Eesti_Peakonsulaat_New_Yorgis, lk 50
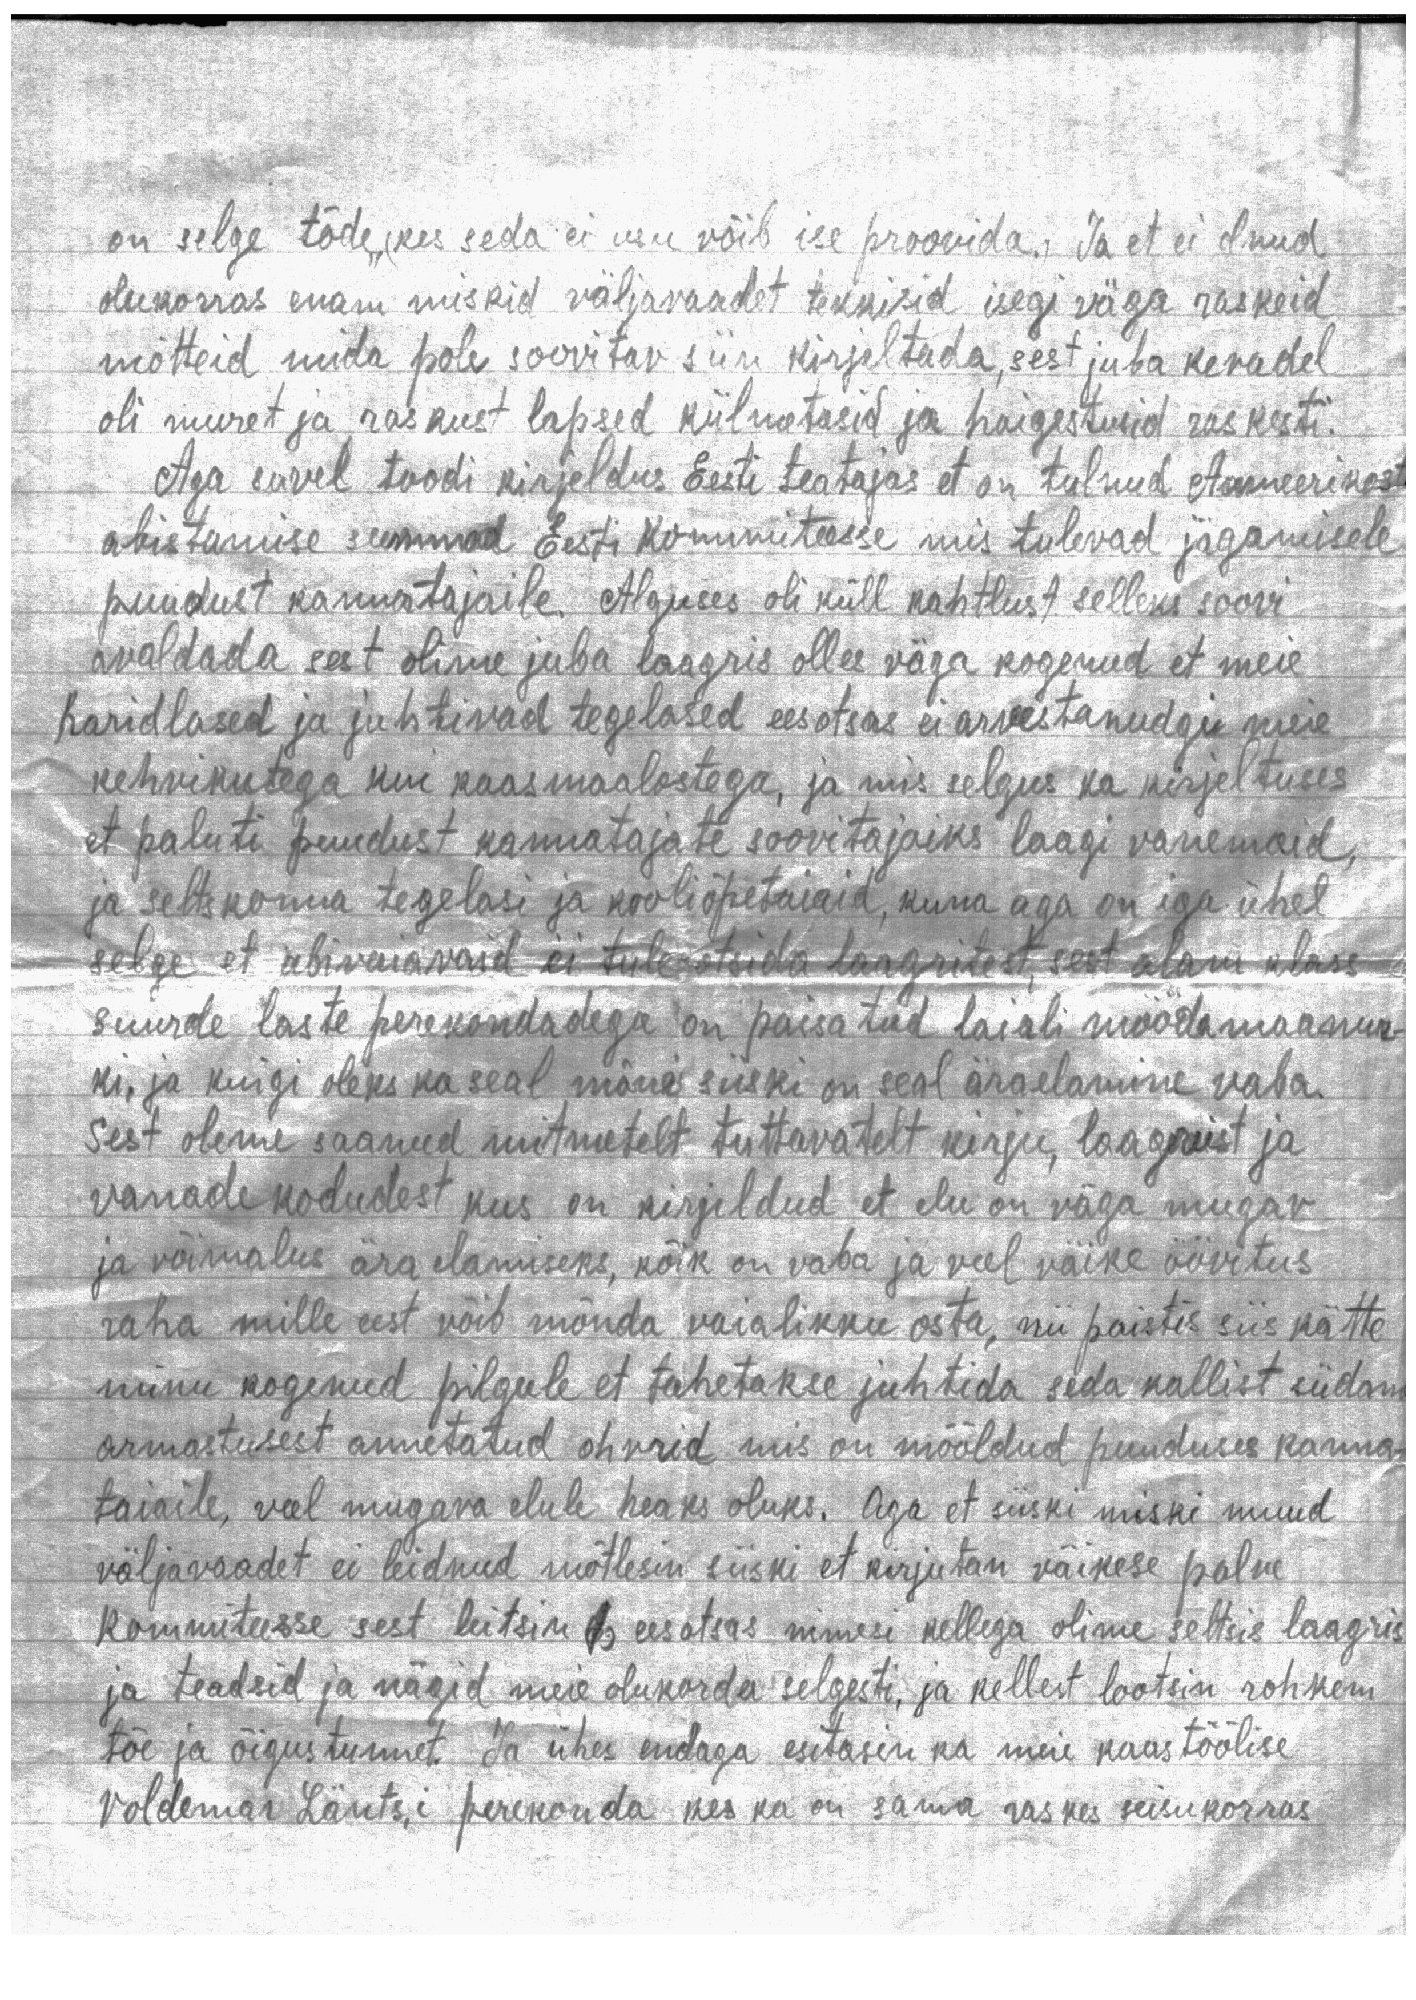
on selge tõde, (kes seda ei usu võib ise proovida.) Ja et ei olnud
olukorras enam miskid väljavaadet tekkisid isegi väga raskeid
mõtteid mida pole soovitav siin kirjeltada, sest juba kevadel
oli muret ja raskust lapsed külmetasid ja haigestusid raskesti.
Aga suvel toodi kirjeldus Eesti teatajas et on tulnud Ameerikast
abistamise summad Eesti Kommiteesse mis tulevad jägamisele
puudust kannatajaile. Alguses oli küll kahtlust selleks soovi
avaldada sest olime juba laagris olles väga kogenud et meie
haridlased ja juhtivad tegelased eesotsas ei arvestanudgi meie
kehvikutega kui kaasmaalastega, ja mis selgus ka kirjeltuses
et paluti puudust kannatajate soovitajaiks laagi vanemaid,
ja seltskonna tegelasi ja kooliõpetaiaid, kuna aga on iga ühel
selge et abivaiavaid ei tule otsida laagritest, sest alam klass
suurde laste perekondadega on paisatud laiali möödamaanur-
ki, ja kuigi oleks ka seal mõne siiski on seal äraelamine vaba.
Sest oleme saanud mitmetelt tuttavatelt kirju, laagreist ja
vanadekodudest kus on kirjeldud et elu on väga mugav
ja võimalus ära elamiseks, kõik on vaba ja veel väike üüvitus
raha mille eest võib mõnda vaialikku osta, nii paistis siis kätte
minu kogenud pilgule et tahetakse juhtida seda kallist südam
armastusest annetatud ohvrid mis on mõõldud puuduses kanna-
taiaile, veel mugava elule heaks oluks. Aga et siiski miski muud
väljavaadet ei leidnud mõtlesin siiski et kirjutan väikese palve
kommiteesse sest leitsin 1 eesotsas nimesi kellega olime seltsis laagris
ja teadsid ja nägid meie olukorda selgesti, ja kellest lootsin rohkem
tõe ja õigustunnet. Ja ühes endaga esitasin ka meie kaastöölise
Voldemar Länts,i perekonda kes ka on sama raskes seisukorras